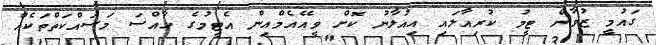
ގައުމީ ޒުވާން ޓީމު ކުރިއާލައި އިއުލާނު ކޮށް ވީއޭއެމްއިން އެޓީމުގެ ހާއްސަ މަސައްކަތްތަކެއް